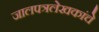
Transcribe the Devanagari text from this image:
जालपत्रलेखकांचे